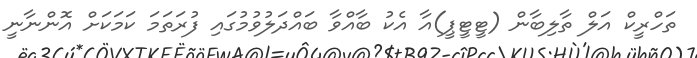
ތަހްރީކް އަލް ތާލިބާން (ޓީޓީޕީ)އާ އެކު ބާއްވާ ބައްދަލުވުމުގައި ފުރަތަމަ ކަމަކަށް އޮންނާނީ